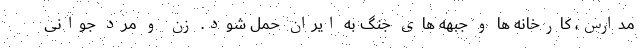
مدارس، کارخانه ها و جبهه های جنگ به ایران حمل شود. زن و مرد جوانی